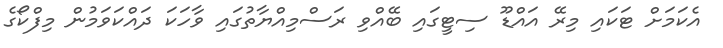
އެކަމަށް ޓަކައި މިރޭ އައްޑޫ ސިޓީގައި ބޭއްވި ރަސްމިއްޔާތުގައި ވާހަކަ ދައްކަވަމުން މިފްކޯގެ